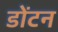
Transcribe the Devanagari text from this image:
डोंटन